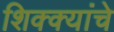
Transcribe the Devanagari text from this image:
शिक्क्यांचे